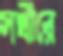
সখীরে